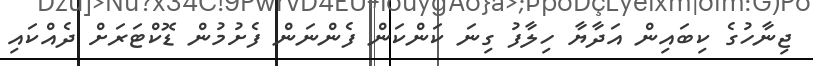
ޖިނާހުގެ ކިބައިން އަދާޔާ ހިލާފު ގިނަ ކަންކަން ފެންނަން ފެށުމުން ޑޮކްޓަރަށް ދެއްކައި